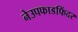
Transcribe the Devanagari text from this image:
नेउपफाडफिंदर